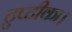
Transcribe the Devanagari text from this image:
टुप्टीका।